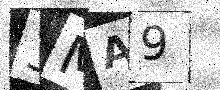
Text: 3MA9